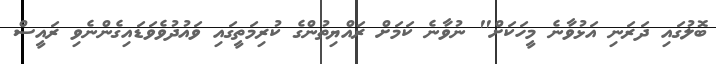
ބޮލުގައި ދަރަނި އަޅުވާނެ މީހަކަށް" ނުވާނެ ކަމަށް ރައްޔިތުންގެ ކުރިމަތީގައި ވައުދުވެވަޑައިގެންނެވި ރައީސް